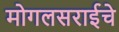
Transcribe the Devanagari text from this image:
मोगलसराईचे